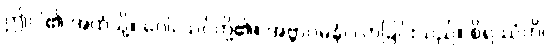
ဤငါ၏ အထံသို့။ ဝေါ၊ သင်တို့၏။ အဗ္ဘာဂမနံ၊ လာခြင်းသည်။ စိရဿံဟိ၊